Vaccination North-Western Provinces and Oudh 1878-1895 - 1878-1895
Year: 1878
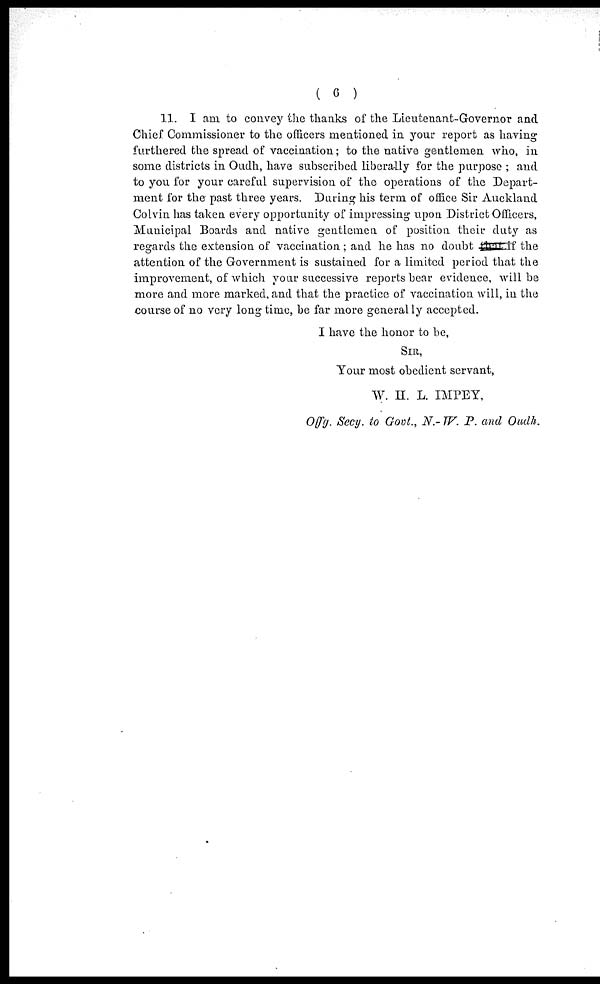
( 6 )
11. I am to convey the thanks of the Lieutenant-Governor and
Chief Commissioner to the officers mentioned in your report as having
furthered the spread of vaccination; to the native gentlemen who, in
some districts in Oudh, have subscribed liberally for the purpose ; and
to you for your careful supervision of the operations of the Depart-
ment for the past three years. During his term of office Sir Auckland
Colvin has taken every opportunity of impressing upon District Officers,
Municipal Boards and native gentlemen of position their duty as
regards the extension of vaccination; and he has no doubt that if the
attention of the Government is sustained for a limited period that the
improvement, of which your successive reports bear evidence, will be
more and more marked, and that the practice of vaccination will, in the
course of no very long time, be far more generally accepted.
I have the honor to be,
SIR,
Your most obedient servant,
W. H. L. IMPEY,
Offg. Secy. to Govt., N.- W. P. and Oudh.